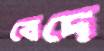
বেদে